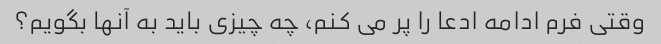
وقتی فرم ادامه ادعا را پر می کنم، چه چیزی باید به آنها بگویم؟